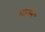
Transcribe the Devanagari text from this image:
आपने॰